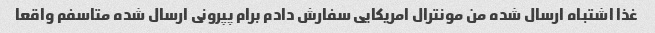
غذا اشتباه ارسال شده من مونترال امریکایی سفارش دادم برام پپرونی ارسال شده متاسفم واقعا